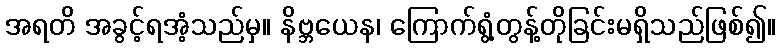
အရတိ အခွင့်ရအံ့သည်မှ။ နိဗ္ဘယေန၊ ကြောက်ရွံ့တွန့်တိုခြင်းမရှိသည်ဖြစ်၍။